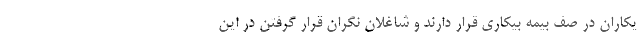
یکاران در صف بیمه بیکاری قرار دارند و شاغلان نگران قرار گرفتن در این